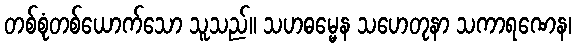
တစ်စုံတစ်ယောက်သော သူသည်။ သဟဓမ္မေန သဟေတုနာ သကာရဏေန၊